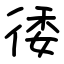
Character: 㣦